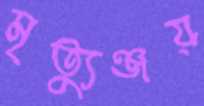
মৃত্যুঞ্জয়